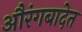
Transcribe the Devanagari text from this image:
औरंगबादेत